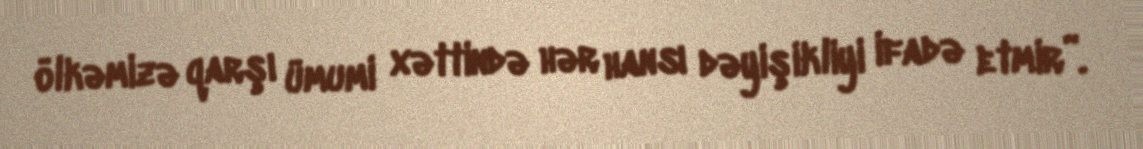
ölkəmizə qarşı ümumi xəttində hər hansı dəyişikliyi ifadə etmir”.